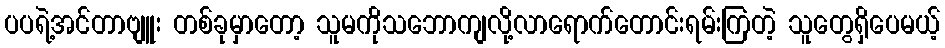
ပပရဲ့အင်တာဗျူး တစ်ခုမှာတော့ သူမကိုသဘောကျလို့လာရောက်တောင်းရမ်းကြတဲ့ သူတွေရှိပေမယ့်